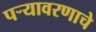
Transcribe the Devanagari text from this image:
पऱ्यावरणाचे